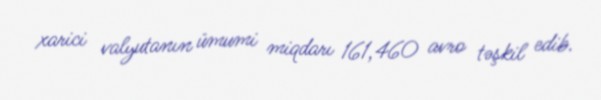
xarici valyutanın ümumi miqdarı 161,460 avro təşkil edib.